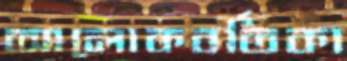
আলোকবর্তিকা